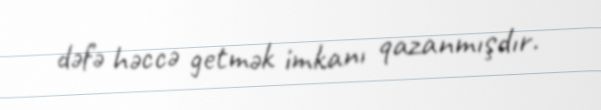
dəfə həccə getmək imkanı qazanmışdır.